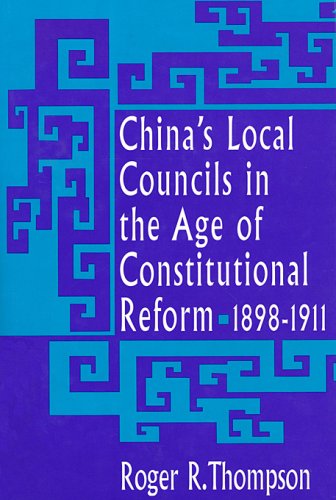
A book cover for China's Local Councils in the Age of Constitutional Reform, 1898-1911 (Harvard East Asian Monographs); Roger Thompson; Law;